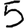
Digit: 5